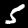
Label: 5